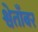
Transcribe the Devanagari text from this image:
श्वेताँबर